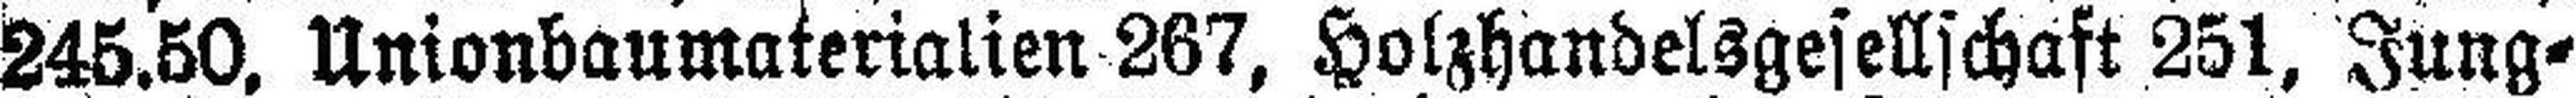
245.50, Unionbaumaterialien 267, Holzhandelsgesellschaft 251, Jung¬